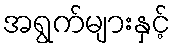
အရွက်များနှင့်